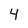
Character: 4